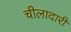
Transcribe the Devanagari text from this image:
चीलादारी